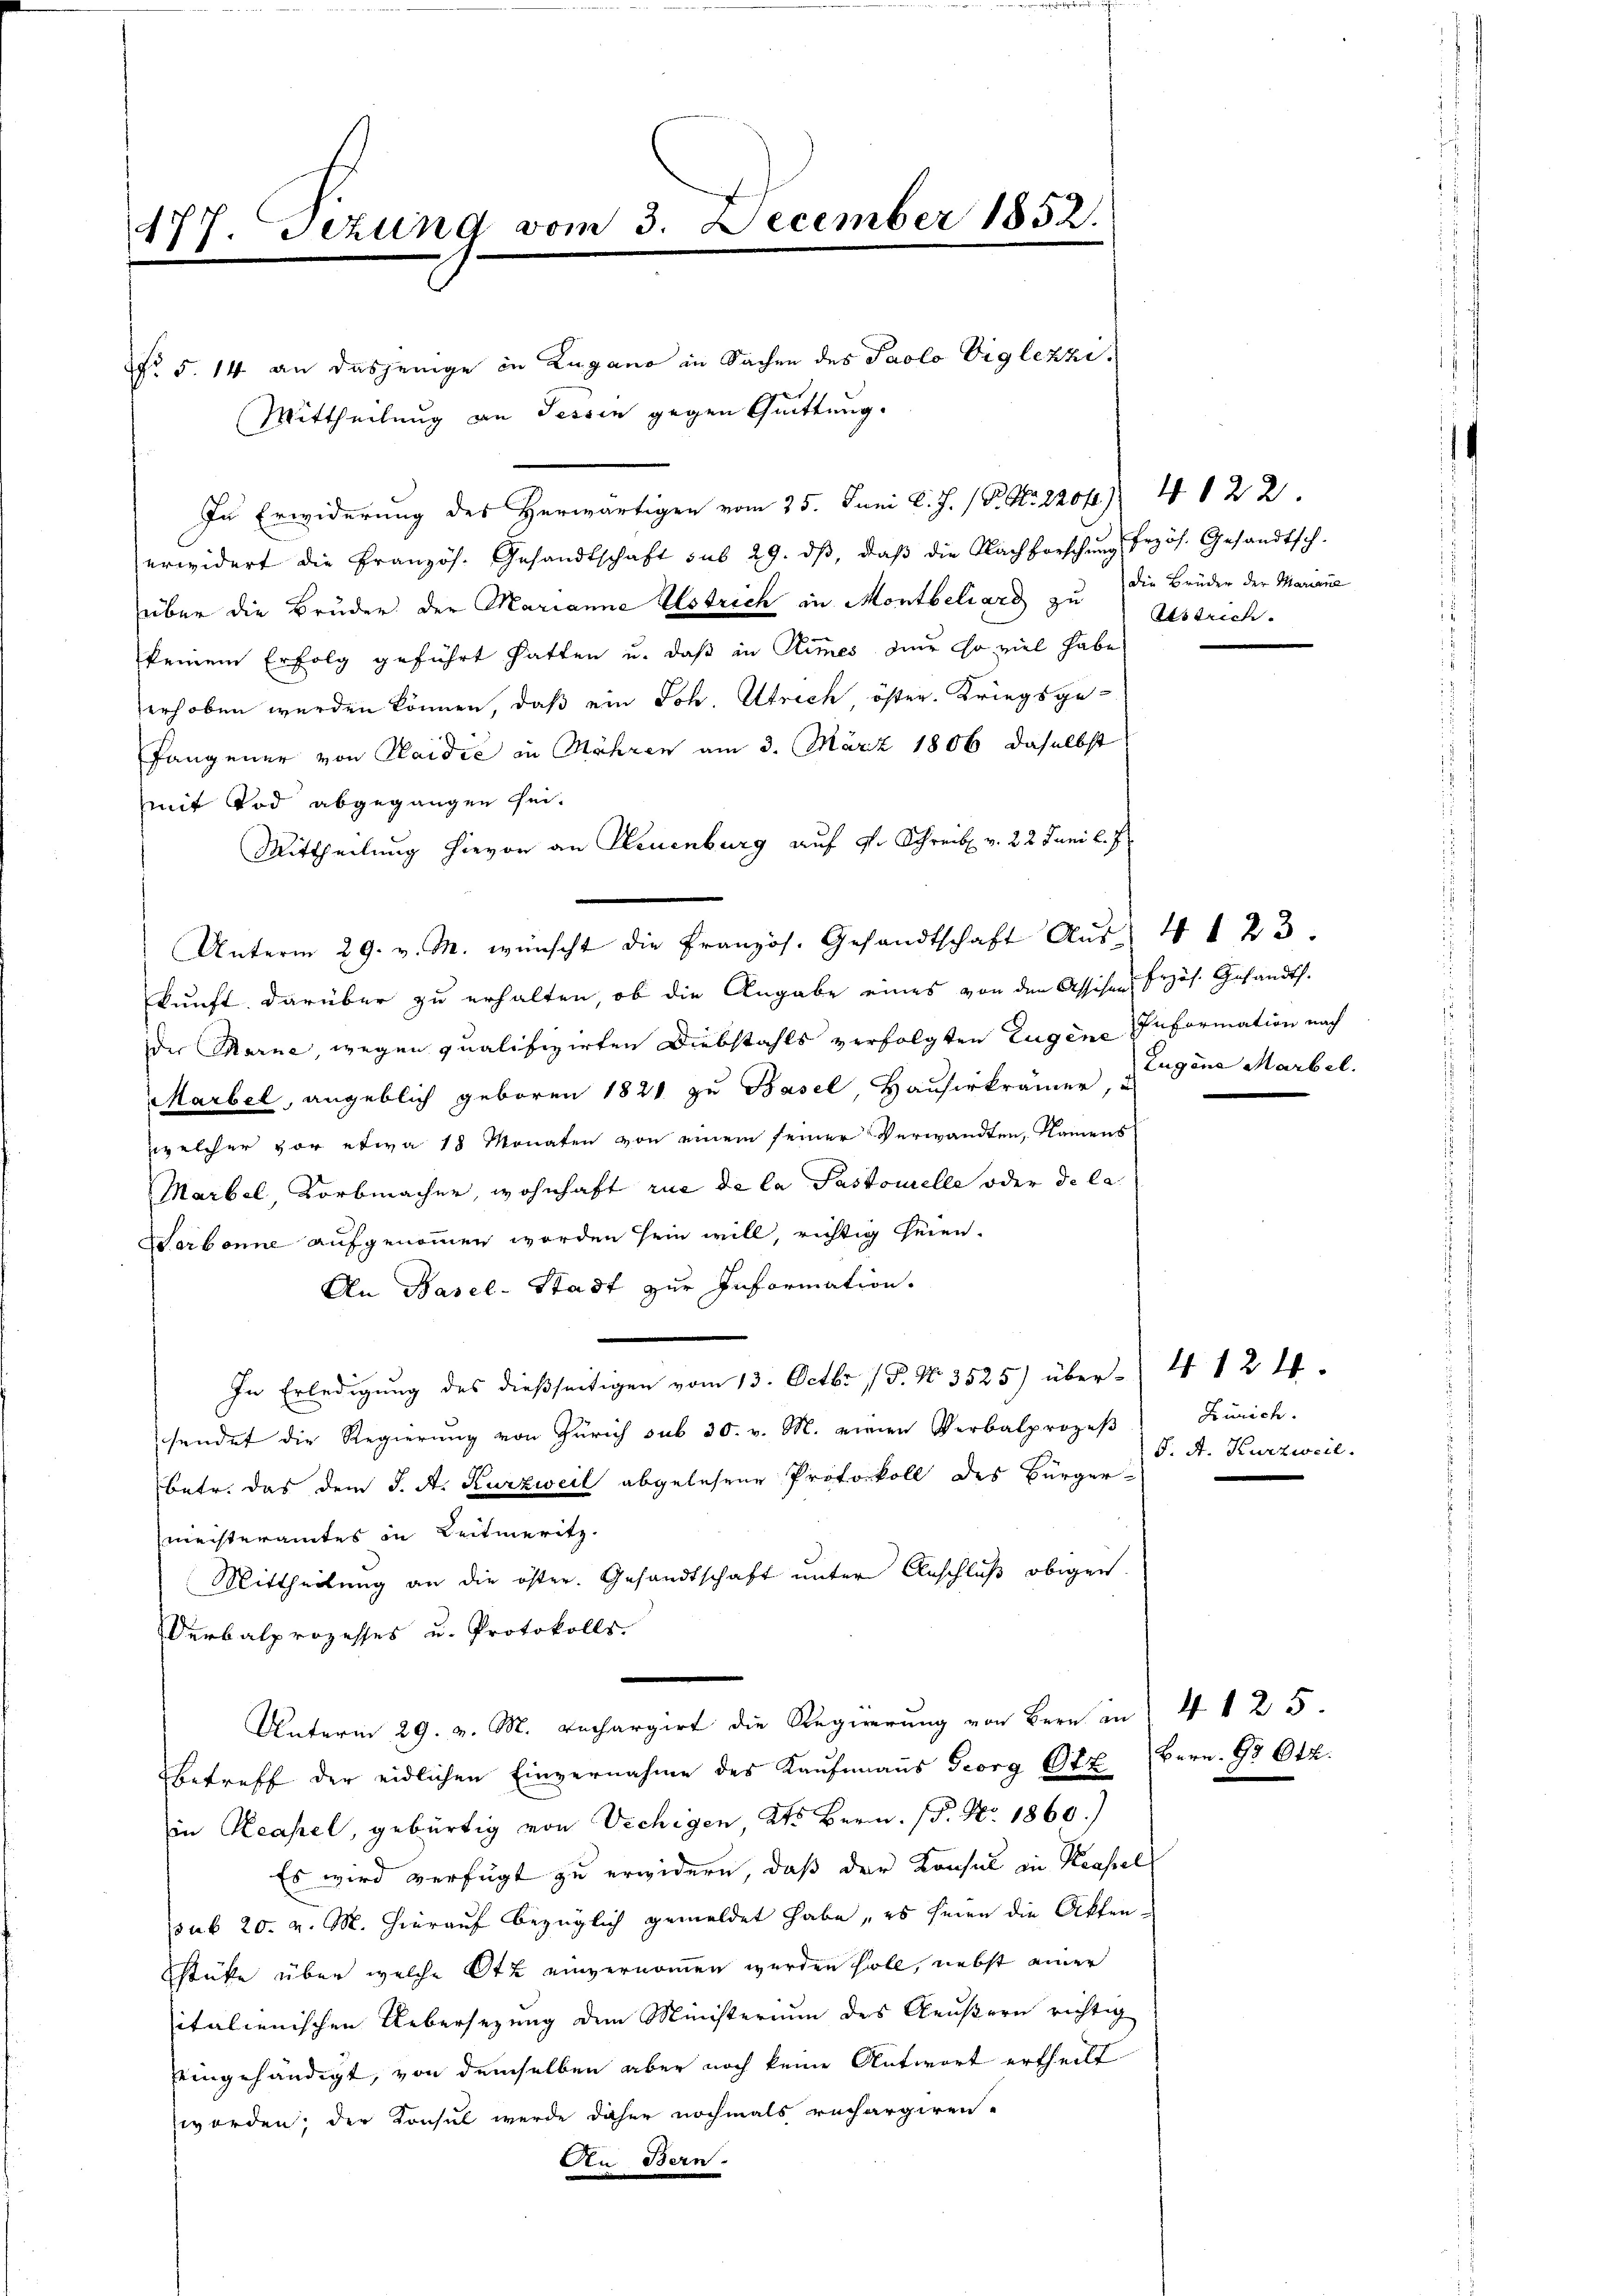
177. Sezung vom 3. December 1852.

No 5. 14 an dasjenige in Zugano in Sachen des Paolo Viglezzi¬
In Erwiderung des Herwärtigen vom 25. Juni l. J. P. Nr. 2207. 4122.
erwidert die Französ. Gesandtschaft sub 29. dβ, daβ die Nachforschŭng frzös. Gesandtsch-
über die Bruder der Marianne Elstrich in Montbeliars zu die Brüder der Mariane
keinem Erfolg geführt hatten u. daß in Rimes der so viel habe
erhoben werden können, daß ein Joh. Utrech öster. Kriegsgefangener von Plaidić in Mähren am 3. März 1806 daselbst
mit Tod abgegangen sei.
Mittheilung hievon an Pleuenburg auf dr Schreib. v. 22 Juni l. J.
Unterm 29. v. M. wünscht die Französ. Gesandtschaft Aŭs 4 123.
kunft darüber zu erhalten, ob die Angabe eines von den Assises Präs. Gesandts.
der Marne, wegen qualifizirten Diebstahls verfolgten Eugene Information nach
Marbel, angeblich geboren 1821 zu Basel, Hauserkrämer, Zugane Marbel.
welcher vor etwa 18 Monaten von einem seiner Verwandten, Namens
Marbel, Korbmacher, wohnhaft rue de la Pastonelle oder de la
Harbonne aufgenommen worden sein will, richtig seien.
An Basel-Stadt zur Information.
-
In Erledigŭng des dießseitigen vom 13. Octbr. 15. No. 3525) über- 4. 124.
sendet die Regierung von Zürich sub 30. v. M. einen Verbalprozeß
betr. das dem J. A. Kurzweil abgelesene Protokoll des Bürger-
meisteramtes in Leitmeritz
Mittheilung an die öster. Gesandtschaft unter Anschluß obigen.
Derbalprozesses u. Protokolls
Unterm 29. v. M. Rechargirt die Regierung von Bern in 4 1 25.
Betreff der eidlichen Einvernahme des Kaufmanns Georg Ott
in Reapel, gebürtig von Vechigen, Kts Bern. (T. No. 1860.)
Es wird verfügt zu erwidern, daß der Konsul in Krassel
pub 20. v. M. hierauf bezüglich gemeldet habe, es seien die Aktenstüke über welche Ott einvernommen werden soll, nebst einer
italienischen Uebersezung den Ministerium des Aeußern richtig
eingehändigt, von demselben aber noch keine Antwort ertheilt
worden; der Konsul werde daher nochmals rechargiren-
An Bern.

Mittheilung an Tessin gegen Quittung.

Estrich

Zürich.
S. A. Kurzweil.

Bern, §§ 642.